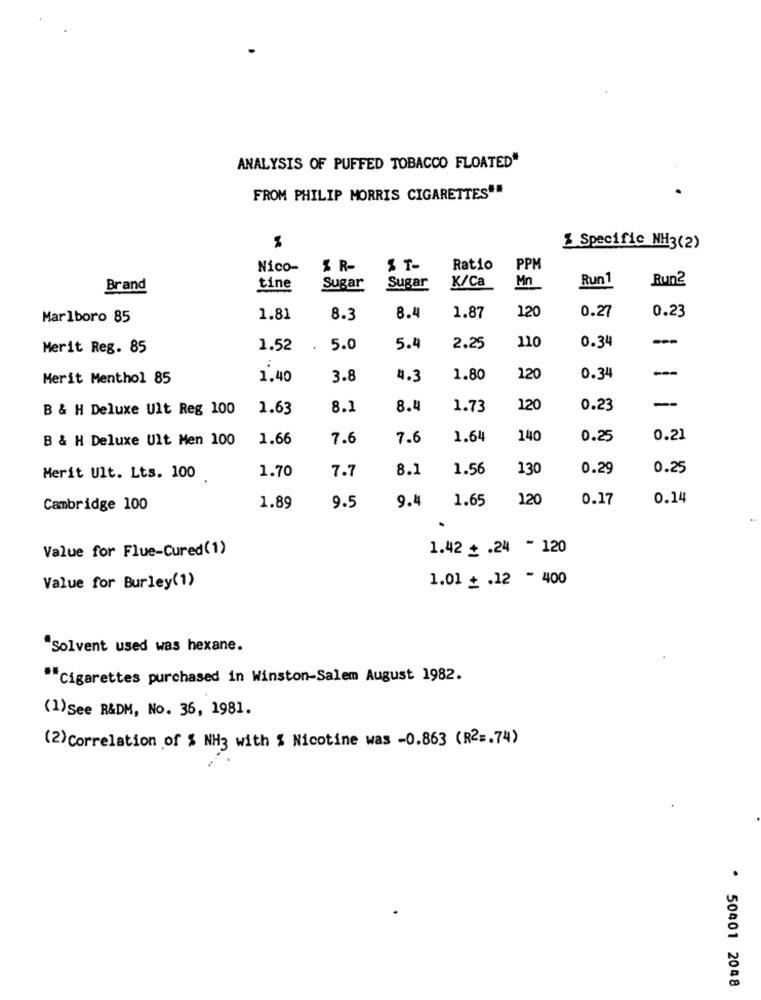
ANALYSIS OF PUFFED TOBACCO FLOATED*
FROM PHILIP MORRIS CIGARETTES""
% Specific NH3(2)
Nico-
SR-
S T-
Ratio
PPM
Sugar
Mn
Run 1
Run2
Brand
tine
Sugar
K/Ca
0.27
0.23
Marlboro 85
1.81
8.3
8.4
1.87
120
-
Merit Reg. 85
1.52
.
5.0
5.4
2.25
110
0.34
:
---
Merit Menthol 85
1.40
3.8
4.3
1.80
120
0.34
-
B & H Deluxe Ult Reg 100
1.63
8.1
8.4
1.73
120
0.23
B & H Deluxe Ult Men 100
1.66
7.6
7.6
1.64
140
0.25
0.21
7.7
8.1
1.56
130
0.29
0.25
Merit Ult. Lts. 100
1.70
9.4
1.65
120
0.17
0.14
Cambridge 100
1.89
9.5
Value for Flue-Cured(1)
1.42 + .24 - 120
1.01 + .12 - 400
Value for Burley(1)
"Solvent used was hexane.
""Cigarettes purchased in Winston-Salem August 1982.
(1) See R&DM, No. 36, 1981.
(2) Correlation of % NH3 with $ Nicotine was -0.863 (R2 =. 74)
.
50401 2048